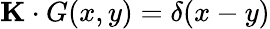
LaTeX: \mathbf{K}\cdot G(x,y)=\delta(x-y)